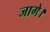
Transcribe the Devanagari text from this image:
जागे।